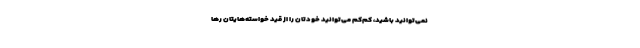
نمی‌توانید باشید، کم‌کم می‌توانید خودتان را از قید خواسته‌هایتان رها